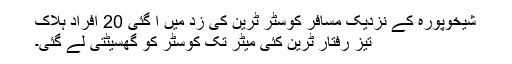
شیخوپورہ کے نزدیک مسافر کوسٹر ٹرین کی زد میں آ گئی 20 افراد ہلاک
تیز رفتار ٹرین کئی میٹر تک کوسٹر کو گھسیٹتی لے گئی۔